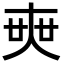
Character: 𡘲